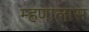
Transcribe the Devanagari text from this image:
म्हणालास